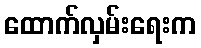
ထောက်လှမ်းရေးက